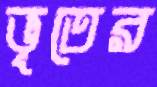
ভূতের